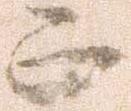
正